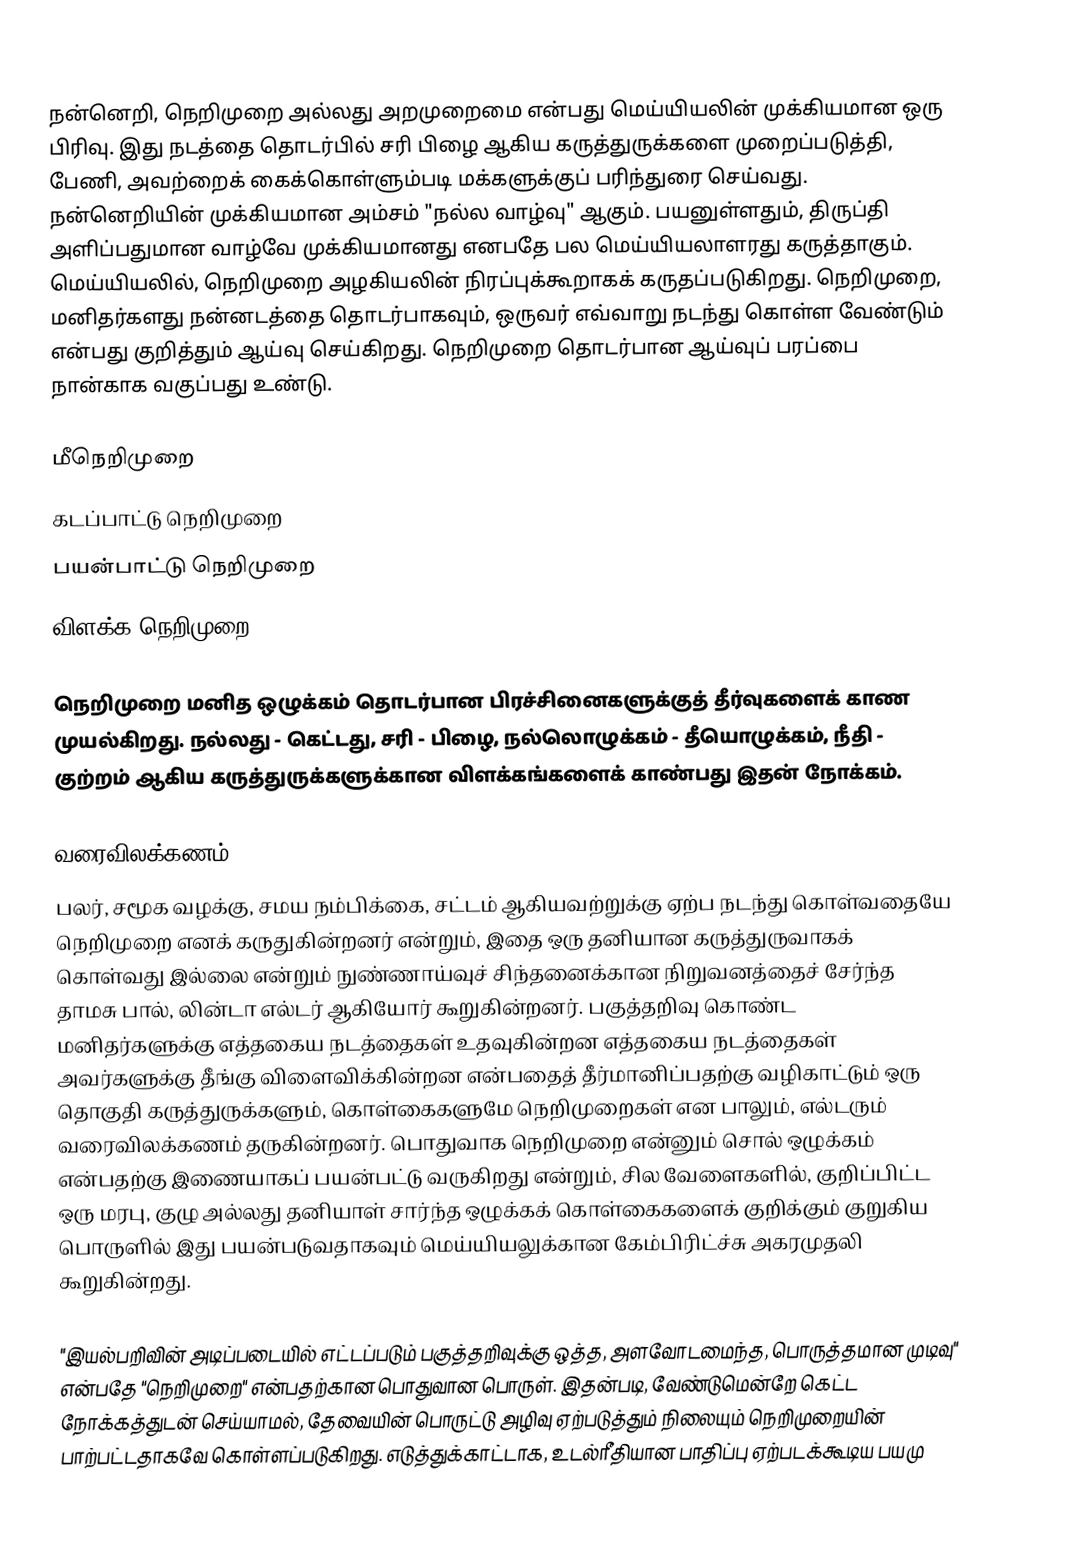
நன்னெறி, நெறிமுறை அல்லது அறமுறைமை என்பது மெய்யியலின் முக்கியமான ஒரு பிரிவு. இது நடத்தை தொடர்பில் சரி பிழை ஆகிய கருத்துருக்களை முறைப்படுத்தி, பேணி, அவற்றைக் கைக்கொள்ளும்படி மக்களுக்குப் பரிந்துரை செய்வது. நன்னெறியின் முக்கியமான அம்சம் "நல்ல வாழ்வு" ஆகும். பயனுள்ளதும், திருப்தி அளிப்பதுமான வாழ்வே முக்கியமானது எனபதே பல மெய்யியலாளரது கருத்தாகும். மெய்யியலில், நெறிமுறை அழகியலின் நிரப்புக்கூறாகக் கருதப்படுகிறது. நெறிமுறை, மனிதர்களது நன்னடத்தை தொடர்பாகவும், ஒருவர் எவ்வாறு நடந்து கொள்ள வேண்டும் என்பது குறித்தும் ஆய்வு செய்கிறது. நெறிமுறை தொடர்பான ஆய்வுப் பரப்பை நான்காக வகுப்பது உண்டு.

 மீநெறிமுறை
 கடப்பாட்டு நெறிமுறை
 பயன்பாட்டு நெறிமுறை
 விளக்க நெறிமுறை

நெறிமுறை மனித ஒழுக்கம் தொடர்பான பிரச்சினைகளுக்குத் தீர்வுகளைக் காண முயல்கிறது. நல்லது - கெட்டது, சரி - பிழை, நல்லொழுக்கம் - தீயொழுக்கம், நீதி - குற்றம் ஆகிய கருத்துருக்களுக்கான விளக்கங்களைக் காண்பது இதன் நோக்கம்.

வரைவிலக்கணம்
பலர், சமூக வழக்கு, சமய நம்பிக்கை, சட்டம் ஆகியவற்றுக்கு ஏற்ப நடந்து கொள்வதையே நெறிமுறை எனக் கருதுகின்றனர் என்றும், இதை ஒரு தனியான கருத்துருவாகக் கொள்வது இல்லை என்றும் நுண்ணாய்வுச் சிந்தனைக்கான நிறுவனத்தைச் சேர்ந்த தாமசு பால், லின்டா எல்டர் ஆகியோர் கூறுகின்றனர். பகுத்தறிவு கொண்ட மனிதர்களுக்கு எத்தகைய நடத்தைகள் உதவுகின்றன எத்தகைய நடத்தைகள் அவர்களுக்கு தீங்கு விளைவிக்கின்றன என்பதைத் தீர்மானிப்பதற்கு வழிகாட்டும் ஒரு தொகுதி கருத்துருக்களும், கொள்கைகளுமே நெறிமுறைகள் என பாலும், எல்டரும் வரைவிலக்கணம் தருகின்றனர். பொதுவாக நெறிமுறை என்னும் சொல் ஒழுக்கம் என்பதற்கு இணையாகப் பயன்பட்டு வருகிறது என்றும், சில வேளைகளில், குறிப்பிட்ட ஒரு மரபு, குழு அல்லது தனியாள் சார்ந்த ஒழுக்கக் கொள்கைகளைக் குறிக்கும் குறுகிய பொருளில் இது பயன்படுவதாகவும் மெய்யியலுக்கான கேம்பிரிட்ச்சு அகரமுதலி கூறுகின்றது.

"இயல்பறிவின் அடிப்படையில் எட்டப்படும் பகுத்தறிவுக்கு ஒத்த, அளவோடமைந்த, பொருத்தமான முடிவு" என்பதே "நெறிமுறை" என்பதற்கான பொதுவான பொருள். இதன்படி, வேண்டுமென்றே கெட்ட நோக்கத்துடன் செய்யாமல், தேவையின் பொருட்டு அழிவு ஏற்படுத்தும் நிலையும் நெறிமுறையின் பாற்பட்டதாகவே கொள்ளப்படுகிறது. எடுத்துக்காட்டாக, உடல்ரீதியான பாதிப்பு ஏற்படக்கூடிய பயமு